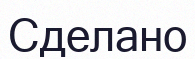
Сделано